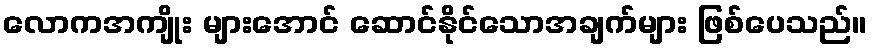
လောကအကျိုး များအောင် ဆောင်နိုင်သောအချက်များ ဖြစ်ပေသည်။